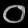
Digit: ၀